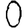
Digit: 0